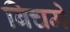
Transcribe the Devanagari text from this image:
बिचमे